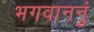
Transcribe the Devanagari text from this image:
भगवाननुं